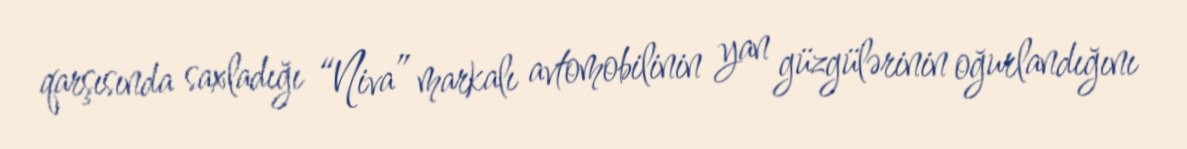
qarşısında saxladığı “Niva” markalı avtomobilinin yan güzgülərinin oğurlandığını